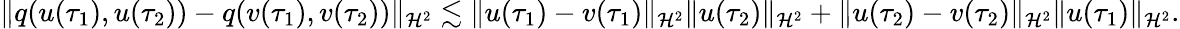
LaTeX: \lVert q(u(\tau_{1}),u(\tau_{2}))-q(v(\tau_{1}),v(\tau_{2}))\rVert_{\mathcal{H}^{2}}\lesssim\lVert u(\tau_{1})-v(\tau_{1})\rVert_{\mathcal{H}^{2}}\lVert u(\tau_{2})\rVert_{\mathcal{H}^{2}}+\lVert u(\tau_{2})-v(\tau_{2})\rVert_{\mathcal{H}^{2}}\lVert u(\tau_{1})\rVert_{\mathcal{H}^{2}}.